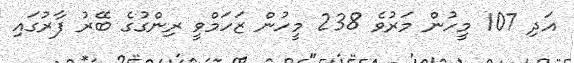
އަދި 107 މީހުން މަރުވެ 238 މީހުން ޒަހަމްވީ ރިންގުގެ ބޭރު ފާރުގައި